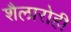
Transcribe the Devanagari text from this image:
शैलारोही